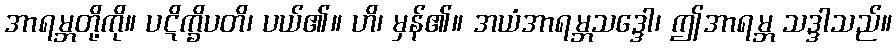
အာရမ္ဘတို့ကို။ ပဋိက္ခိပတိ၊ ပယ်၏။ ဟိ၊ မှန်၏။ အယံအာရမ္ဘသဒ္ဒေါ၊ ဤအာရမ္ဘ သဒ္ဒါသည်။